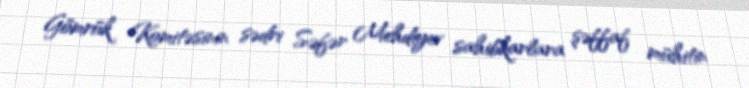
Gömrük Komitəsinin sədri Səfər Mehdiyev sahibkarlara şəffaf mühitin